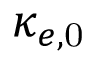
\kappa _ { e , \mathrm { 0 } }